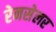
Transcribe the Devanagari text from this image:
रेनसेलर